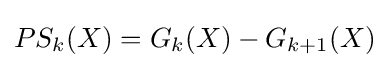
PS_{k}(X)=G_{k}(X)-G_{k+1}(X)